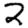
Digit: 2